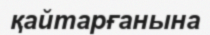
қайтарғанына